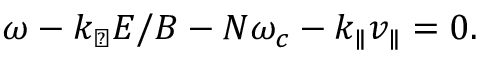
\omega - k _ { \perp } E / B - N \omega _ { c } - k _ { \parallel } v _ { \parallel } = 0 .